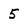
Character: 5